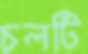
চলটি